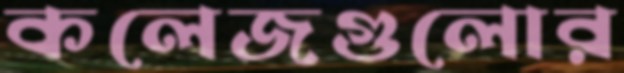
কলেজগুলোর